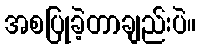
အစပြုခဲ့တာချည်းပဲ။